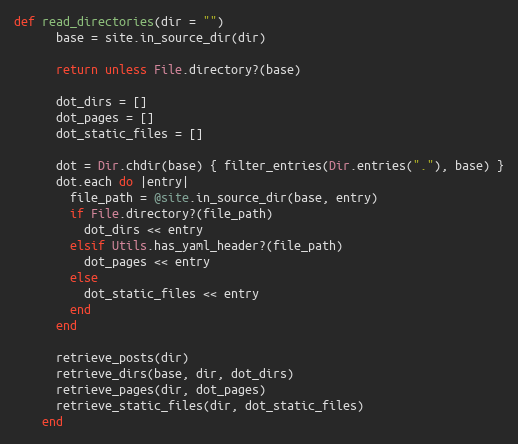
Language: Ruby
def read_directories(dir = "")
      base = site.in_source_dir(dir)

      return unless File.directory?(base)

      dot_dirs = []
      dot_pages = []
      dot_static_files = []

      dot = Dir.chdir(base) { filter_entries(Dir.entries("."), base) }
      dot.each do |entry|
        file_path = @site.in_source_dir(base, entry)
        if File.directory?(file_path)
          dot_dirs << entry
        elsif Utils.has_yaml_header?(file_path)
          dot_pages << entry
        else
          dot_static_files << entry
        end
      end

      retrieve_posts(dir)
      retrieve_dirs(base, dir, dot_dirs)
      retrieve_pages(dir, dot_pages)
      retrieve_static_files(dir, dot_static_files)
    end